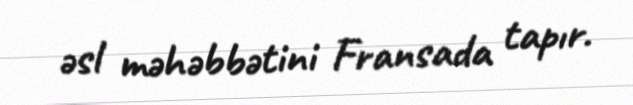
əsl məhəbbətini Fransada tapır.